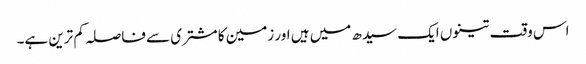
اس وقت تینوں ایک سیدھ میں ہیں اور زمین کا مشتری سے فاصلہ کم ترین ہے۔